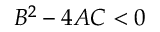
B ^ { 2 } - 4 A C < 0